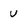
Character: U